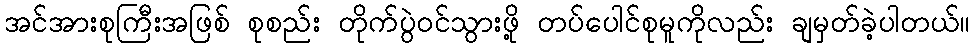
အင်အားစုကြီးအဖြစ် စုစည်း တိုက်ပွဲဝင်သွားဖို့ တပ်ပေါင်စုမူကိုလည်း ချမှတ်ခဲ့ပါတယ်။